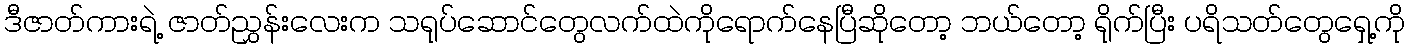
ဒီဇာတ်ကားရဲ့ ဇာတ်ညွှန်းလေးက သရုပ်ဆောင်တွေလက်ထဲကိုရောက်နေပြီဆိုတော့ ဘယ်တော့ ရိုက်ပြီး ပရိသတ်တွေရှေ့ကို